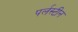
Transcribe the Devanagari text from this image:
पर्लस्टीन